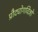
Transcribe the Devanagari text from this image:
प्रौद्योगविज्ञों